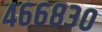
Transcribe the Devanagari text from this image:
४६६८३०